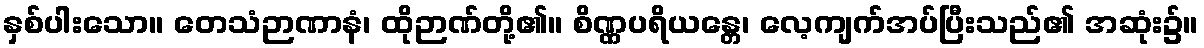
နှစ်ပါးသော။ တေသံဉာဏာနံ၊ ထိုဉာဏ်တို့၏။ စိဏ္ဏပရိယန္တေ၊ လေ့ကျက်အပ်ပြီးသည်၏ အဆုံး၌။